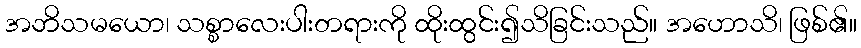
အဘိသမယော၊ သစ္စာလေးပါးတရားကို ထိုးထွင်း၍သိခြင်းသည်။ အဟောသိ၊ ဖြစ်၏။